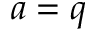
a = q